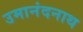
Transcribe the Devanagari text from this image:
उमानंदनाथ